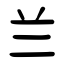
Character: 兰